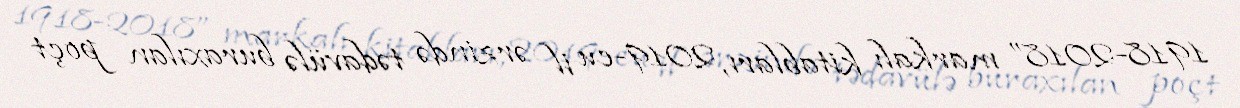
1918-2018” markalı kitabları, 2019-cu il ərzində tədavülə buraxılan poçt